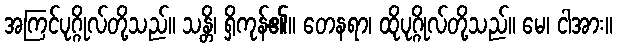
အကြင်ပုဂ္ဂိုလ်တို့သည်။ သန္တိ၊ ရှိကုန်၏။ တေနရာ၊ ထိုပုဂ္ဂိုလ်တို့သည်။ မေ၊ ငါအား။